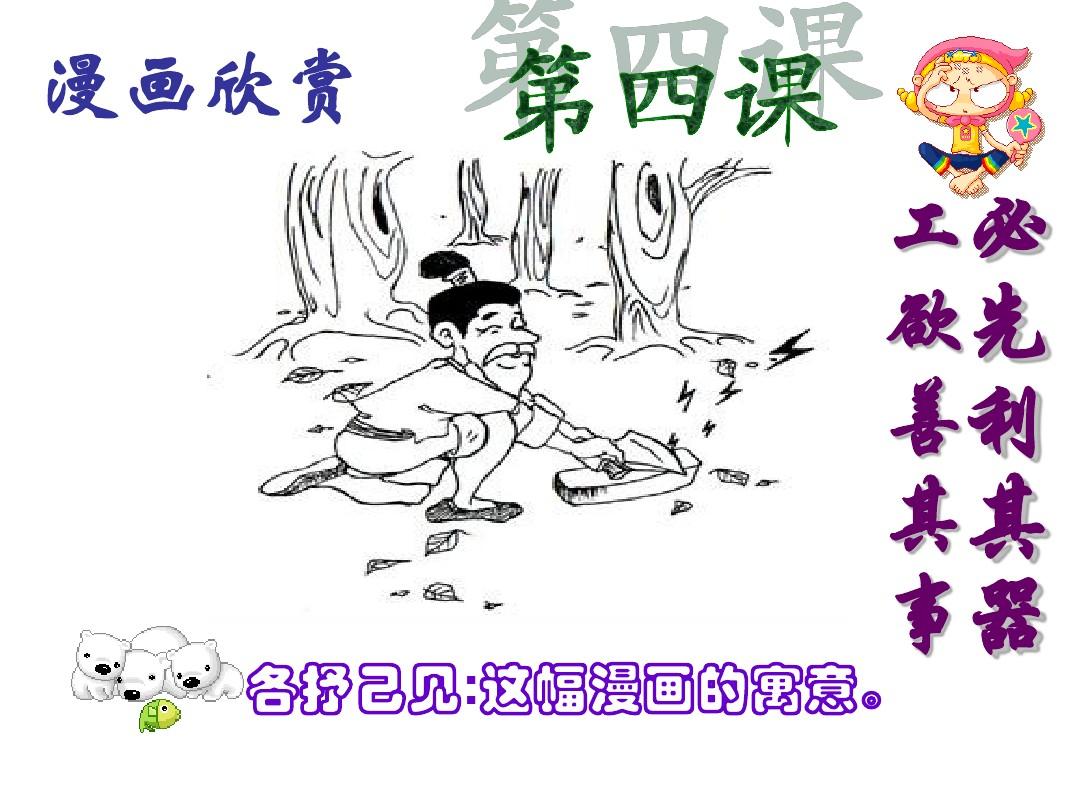
工欲善其事，必先利其器。